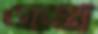
এরণ্ডা